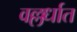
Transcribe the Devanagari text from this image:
वल्लर्धात